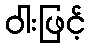
ဝါးဖြင့်